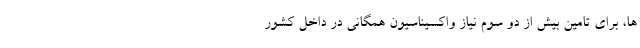
ها، برای تامین بیش از دو سوم نیاز واکسیناسیون همگانی در داخل کشور